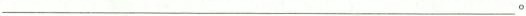
___